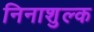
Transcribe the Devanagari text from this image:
निनाशुल्क